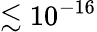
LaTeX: \lesssim 10^{-16}